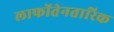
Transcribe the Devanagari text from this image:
लाफोंतेनतारिक